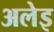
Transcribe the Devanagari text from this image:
अलेइ